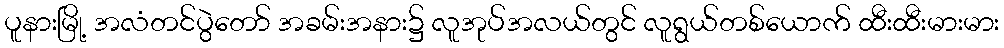
ပူနားမြို့ အလံတင်ပွဲတော် အခမ်းအနား၌ လူအုပ်အလယ်တွင် လူရွယ်တစ်ယောက် ထီးထီးမားမား